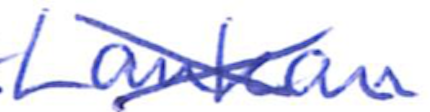
Text: Lankan
Cross-out: cross
Writing tool: ballpoint